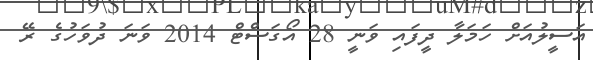
އަސީލުއަށް ހަމަލާ ދީފައި ވަނީ 28 އޯގަސްޓް 2014 ވަނަ ދުވަހުގެ ރޭ